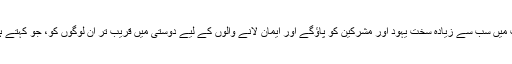
تم اہل ایمان کی عداوت میں سب سے زیادہ سخت یہود اور مشرکین کو پاؤگے اور ایمان لانے والوں کے لیے دوستی میں قریب تر اُن لوگوں کو، جو کہتے ہیں کہ ہم نصاریٰ ہیں ۔